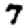
Digit: 7